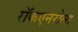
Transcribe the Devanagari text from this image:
रॉकएनरोला